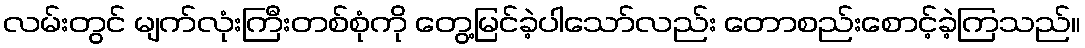
လမ်းတွင် မျက်လုံးကြီးတစ်စုံကို တွေ့မြင်ခဲ့ပါသော်လည်း တောစည်းစောင့်ခဲ့ကြသည်။